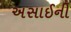
અસાઈની